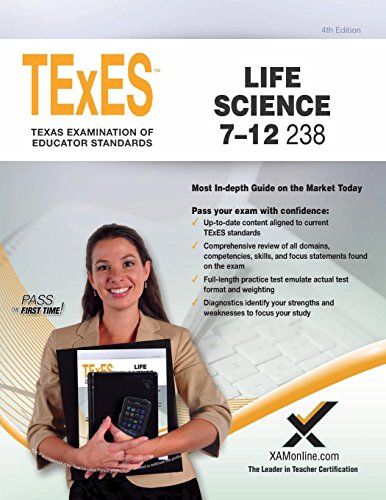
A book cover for TExES Life Science 7-12 238  Teacher Certification Study Guide Test Prep; Sharon A Wynne; Test Preparation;